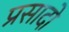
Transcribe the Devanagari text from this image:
प्रसादो